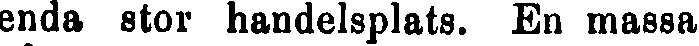
enda stor handelsplats. En massa